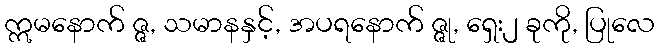
ဣမနောက် ဇ္ဇ, သမာနနှင့်, အပရနောက် ဇ္ဇု, ရှေး၂ ခုကို, ပြုလေ